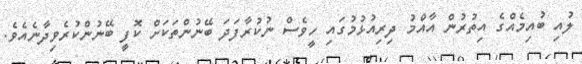
ލުއި ބުއިމެއްގެ އިތުރުން އާއްމު ދިރިއުޅުމުގައި ހީވެސް ނުކުރާފަދަ ބޭނުންތަކަށް ކޮފީ ބޭނުންކުރެވިދާނެއެވެ.